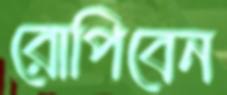
রোপিবেন